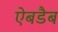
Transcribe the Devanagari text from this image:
ऐबडैब